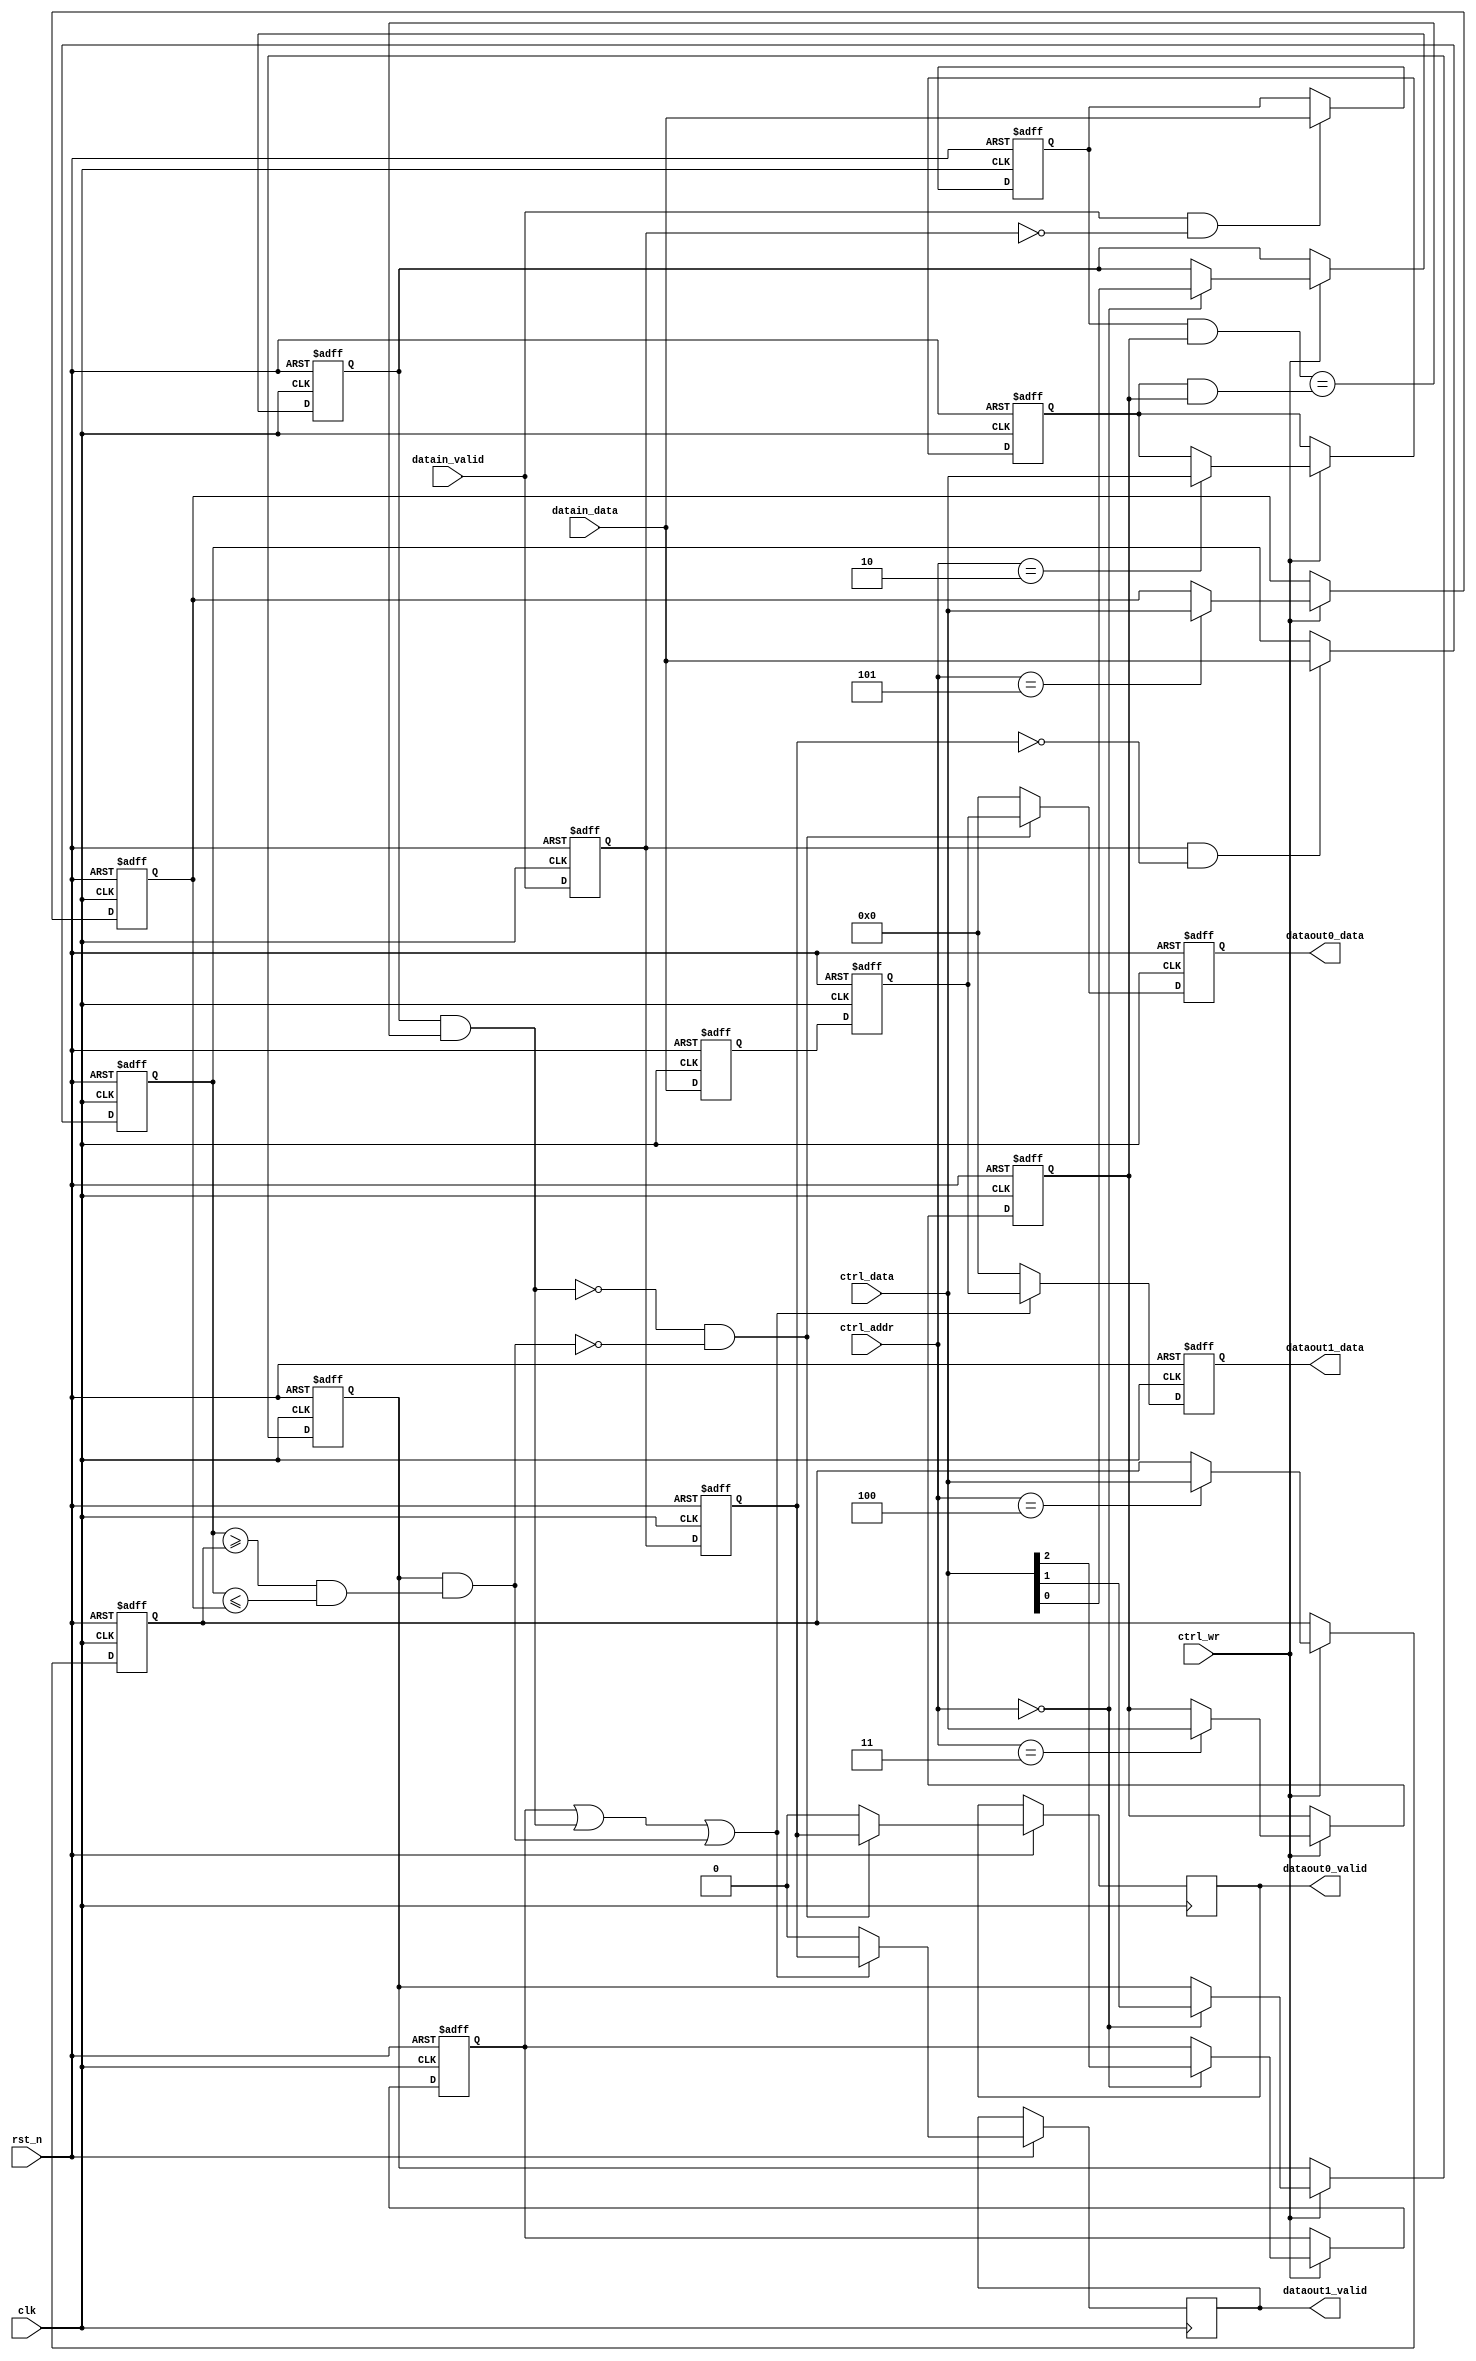

//Simple pkt switch, functionality:
// - 1 data input interface, 2 data output interfaces
// - data width is 8 bits, with "valid" bit
// - packet is tranmitted continuously (valid = 1, cannot fall in the middle)
// - when valid = 0 that means a gap between packets, packet always starts when valid 0->1
// - first byte of the packet is address, second is packet length (in bytes), following by the data
// - non-filtered packets are transmitted on interface 0, filtered on 1
// - if filtering is not enabled, packets are simply forwarded on interface 0
// - 1 control interface (write only)
// - registers:
// - ADDR:         FUNCTIONALITY:
// - 000           settings:
//                            bit 0 - enable address-based filtering
//                            bit 1 - enable length-based filtering 
//                            bit 2 - transmit packet on both interfaces
// - 010           address for address-based filtering  
// - 011           address based filtering mask (which bits of the address are valid)
// - 100           lower size limit for length based filtering
// - 101           uppoer size limit for length based filtering

module pkt_switch (
  clk, 
  rst_n, 
  datain_data, 
  datain_valid, 
  dataout0_data, 
  dataout1_data, 
  dataout0_valid, 
  dataout1_valid,
  ctrl_addr,
  ctrl_data,
  ctrl_wr
);

  input clk, rst_n;
  //data interfaces
  input [7:0] datain_data;
  input datain_valid;
  output reg [7:0] dataout0_data, dataout1_data;
  output reg dataout0_valid, dataout1_valid;
  //control interface
  input [2:0] ctrl_addr;
  input [7:0] ctrl_data;
  input ctrl_wr; 

  //config registers
  reg addr_filtering_ena_r;
  reg len_filtering_ena_r;  
  reg transmit_both_ena_r; 

  reg [7:0] filter_addr_r;
  reg [7:0] filter_addr_mask_r;
  reg [7:0] lower_size_limit_r;
  reg [7:0] upper_size_limit_r;

  reg [7:0] data_0_r, data_1_r;
  reg datain_valid_0_r, datain_valid_1_r;
  reg [7:0] pkt_addr_r, pkt_len_r;

  wire addr_filtering_active, channel0_active, channel1_active, len_filtering_active;

  always @(posedge clk or negedge rst_n)  
  begin : config_proc
    if(~rst_n) begin
      addr_filtering_ena_r <= 1'b0;
      len_filtering_ena_r <= 1'b0;
      transmit_both_ena_r <= 1'b0;
      filter_addr_r <= 8'd0;
      filter_addr_mask_r <= 8'd0;
      lower_size_limit_r <= 8'd0;
      upper_size_limit_r <= 8'd0;
    end else if (ctrl_wr) begin
      case (ctrl_addr)
        3'b000: begin
          addr_filtering_ena_r <= ctrl_data[0];
          len_filtering_ena_r <= ctrl_data[1];
          transmit_both_ena_r <= ctrl_data[2];
        end
        3'b010: filter_addr_r <= ctrl_data;
        3'b011: filter_addr_mask_r <= ctrl_data;
        3'b100: lower_size_limit_r <= ctrl_data;
        3'b101: upper_size_limit_r <= ctrl_data;
        default: ;
      endcase
    end  
  end

  always @(posedge clk or negedge rst_n)  
  begin : data_proc
    if(~rst_n) begin
      data_0_r <= 8'd0;
      data_1_r <= 8'd0;
      dataout0_data <= 8'd0;
      dataout1_data <= 8'd0;
      datain_valid_0_r <= 1'b0;
      datain_valid_1_r <= 1'b0;
    end else begin
      data_0_r <= datain_data;
      data_1_r <= data_0_r;
      datain_valid_0_r <= datain_valid;
      datain_valid_1_r <= datain_valid_0_r;
      dataout0_data <= (channel0_active) ? data_1_r : 8'd0;
      dataout0_valid <= (channel0_active) ? datain_valid_1_r : 1'b0;
      dataout1_data <= (channel1_active) ? data_1_r : 8'd0;
      dataout1_valid <= (channel1_active) ? datain_valid_1_r : 1'b0;
    end
  end

  always @(posedge clk or negedge rst_n)  
  begin : header_proc
    if(~rst_n) begin
      pkt_addr_r <= 8'd0;
      pkt_len_r <= 8'd0;
    end else begin
      if (datain_valid && !datain_valid_0_r) //first packet byte
        pkt_addr_r <= datain_data;
      if (datain_valid_0_r && !datain_valid_1_r) //second packet byte
        pkt_len_r <= datain_data;
    end
  end

  assign addr_filtering_active = 
    addr_filtering_ena_r &&        
    ((pkt_addr_r & filter_addr_mask_r) == (filter_addr_r & filter_addr_mask_r));
  assign len_filtering_active =
    len_filtering_ena_r &&
    ((pkt_len_r >= lower_size_limit_r) && (pkt_len_r <= upper_size_limit_r));

  assign channel0_active = 
    !addr_filtering_active && !len_filtering_active;
  assign channel1_active =
    transmit_both_ena_r || 
    addr_filtering_active || len_filtering_active;

endmodule